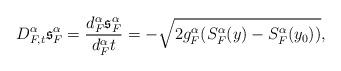
LaTeX: \begin{align*} D_{F,t}^{\alpha} \mathfrak{s}_{F}^{\alpha}=\frac{d_{F}^{\alpha}\mathfrak{s}_{F}^{\alpha}}{d_{F}^{\alpha} t}=-\sqrt{2g_{F}^{\alpha}(S_{F}^{\alpha}(y)-S_{F}^{\alpha}(y_{0}))},\end{align*}